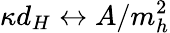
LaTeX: \kappa d_{H}\leftrightarrow A/m_{h}^{2}